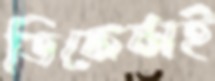
ডিফেন্সই